Indian Medical Review
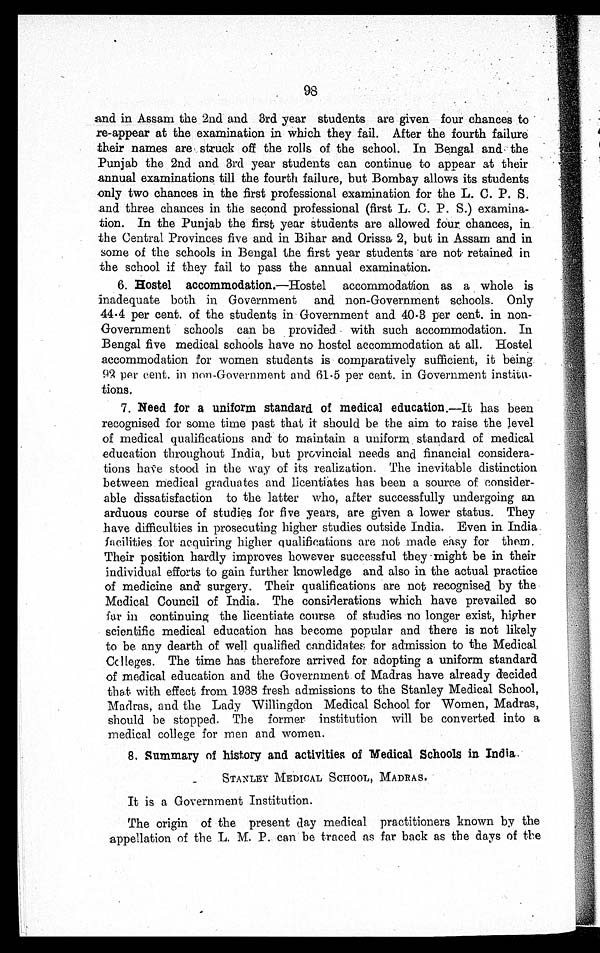
98
•
and in Assam the 2nd and 3rd year students are given four chances to
re-appear at the examination in which they fail. After the fourth failure
their names are struck off the rolls of the school. In Bengal and the
Punjab the 2nd and 3rd year students can continue to appear at their
annual examinations till the fourth failure, but Bombay allows its students
only two chances in the first professional examination for the L. C. P. S.
and three chances in the second professional (first L. C. P. S.) examina-
tion. In the Punjab the first year students are allowed four chances, in
the Central Provinces five and in Bihar and Orissa 2, but in Assam and in
some of the schools in Bengal the first year students are not retained in
the school if they fail to pass the annual examination.
6. Hostel accommodation. —Hostel accommodation as a whole is
inadequate both in Government and non-Government schools. Only
44.4 per cent. of the students in Government and 40.3 per cent. in non-
Government schools can be provided with such accommodation. In
Bengal five medical schools have no hostel accommodation at all. Hostel
accommodation for women students is comparatively sufficient, it being
92 per cent. in non-Government and 61 .5 per cent. in Government institu-
-tions.
7. Need for a uniform standard of medical education.—It has been
recognised for some time past that it should be the aim to raise the level
of medical qualifications and to maintain a uniform standard of medical
education throughout India, but provincial needs and financial considera-
tions have stood in the way of its realization. The inevitable distinction
between medical graduates and licentiates has been a source of consider-
able dissatisfaction to the latter who, after successfully undergoing an
arduous course of studies for five years, are given a lower status. They
have difficulties in prosecuting higher studies outside India. Even in India
facilities for acquiring higher qualifications are not made easy for them.
Their position hardly improves however successful they might be in their
individual efforts to gain further knowledge and also in the actual practice
of medicine and surgery. Their qualifications are not recognised by the
Medical Council of India. The considerations which have prevailed so
far in continuing the licentiate course of studies no longer exist, higher
scientific medical education has become popular and there is not likely
to be any dearth of well qualified candidates for admission to the Medical
C o l l e g e s . T h e t i m e h a s t h e r e f o r e a r r i v e d f o r a d o p t i n g a u n i f o r m s t a n d a r d
of medical education and the Government of Madras have already decided
that with effect from 1938 fresh admissions to the Stanley Medical School,
Madras, and the Lady Willingdon Medical School for Women, Madras,
should be stopped. The former institution will be converted into a
medical college for men and women.
8. Summary of history and activities of Medical Schools in India
STANLEY MEDICAL SCHOOL, MADRAS.
It is a Government Institution.
The origin of the present day medical practitioners known by the
appellation of the L. M. P. can be traced as far back as the days of the